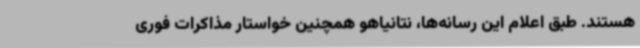
هستند. طبق اعلام این رسانه‌ها، نتانیاهو همچنین خواستار مذاکرات فوری